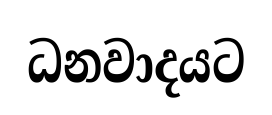
ධනවාදයට